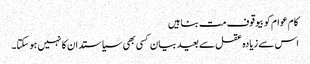
کام عوام کو بیوقوف مت بناہیں
اس سے زیادہ عقل سے بعید بیان کسی بھی سیاستدان کا نہیں ہو سکتا۔